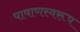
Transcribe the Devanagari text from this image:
पाषाणस्वरूप